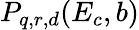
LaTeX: P_{q,r,d}(E_{c},b)